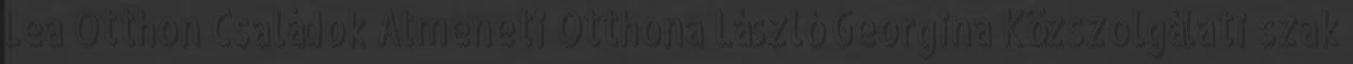
Lea Otthon Családok Átmeneti Otthona László Georgina Közszolgálati szak